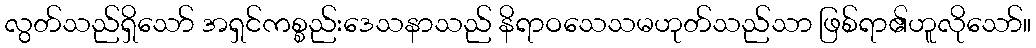
လွတ်သည်ရှိသော် အရှင်ကစ္စည်းဒေသနာသည် နိရာဝသေသမဟုတ်သည်သာ ဖြစ်ရာ၏ဟူလိုသော်။